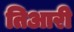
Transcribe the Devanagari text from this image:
तिआरी